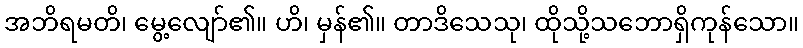
အဘိရမတိ၊ မွေ့လျော်၏။ ဟိ၊ မှန်၏။ တာဒိသေသု၊ ထိုသို့သဘောရှိကုန်သော။